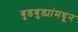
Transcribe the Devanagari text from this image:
बुडबुड्यांमधून